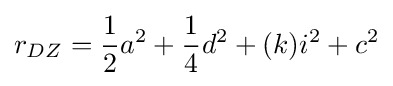
r_{DZ}={\frac {1}{2}}a^{2}+{\frac {1}{4}}d^{2}+(k)i^{2}+c^{2}